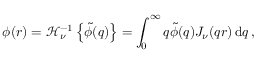
\phi ( r ) = \mathcal { H } _ { \nu } ^ { - 1 } \left\{ \widetilde { \phi } ( q ) \right\} = \int _ { 0 } ^ { \infty } q \widetilde { \phi } ( q ) J _ { \nu } ( q r ) \, \mathrm { d } q \, ,